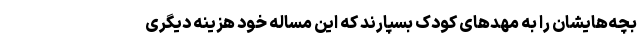
بچه‌هایشان را به مهدهای کودک بسپارند که این مساله خود هزینه دیگری